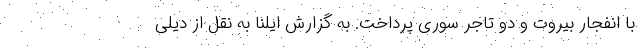
با انفجار بیروت و دو تاجر سوری پرداخت. به گزارش ایلنا به نقل از دیلی